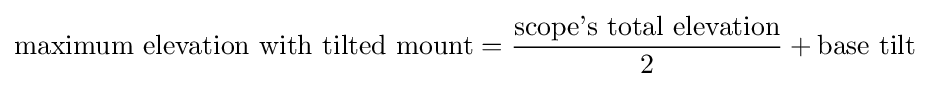
{\text{maximum elevation with tilted mount}}={\frac {\text{scope's total elevation}}{2}}+{\text{base tilt}}